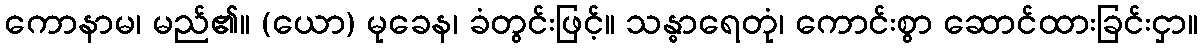
ကောနာမ၊ မည်၏။ (ယော) မုခေန၊ ခံတွင်းဖြင့်။ သန္ဓာရေတုံ၊ ကောင်းစွာ ဆောင်ထားခြင်းငှာ။